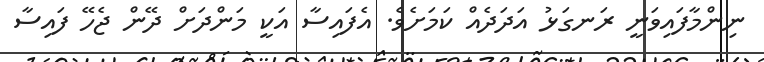
ނިންމާފައިވަނީ ރަނގަޅު އަދަދެއް ކަމަށެވެ. އެފައިސާ އަކީ މަންދަށް ދޭން ޖެހޭ ފައިސާ